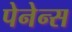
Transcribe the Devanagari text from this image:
पेनेन्स